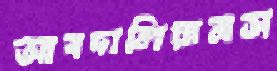
আবদালিয়ানস